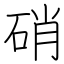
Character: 硝